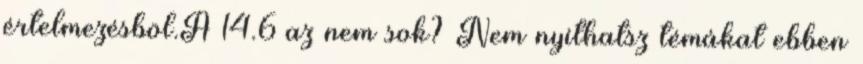
értelmezésböl.A 14.6 az nem sok? Nem nyithatsz témákat ebben